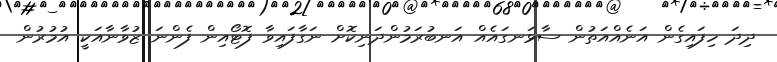
ދިދަ ހިފައިގެން އަނެއްއަތުން ސާޅަނގައެއް އަނބުރަމުންދަނިކޮށް ނަގާފައިވާ ފޮޓޯއިން ފެންނަ ޒުވާނާއަކީ އުމުރުން